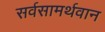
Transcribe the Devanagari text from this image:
सर्वसामर्थवान